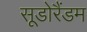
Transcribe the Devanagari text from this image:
सूडोरैंडम